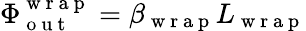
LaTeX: \Phi_{\mathrm{~o~u~t~}}^{\mathrm{~w~r~a~p~}}=\beta_{\mathrm{~w~r~a~p~}}L_{\mathrm{~w~r~a~p~}}